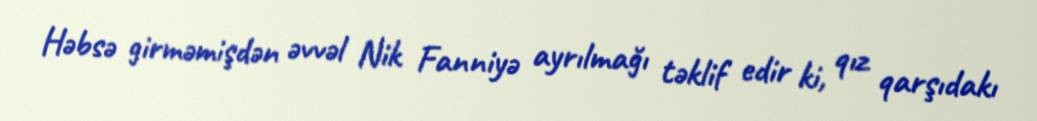
Həbsə girməmişdən əvvəl Nik Fanniyə ayrılmağı təklif edir ki, qız qarşıdakı